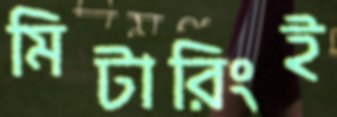
মিটারিংই